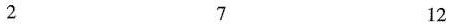
2 7 12